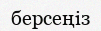
берсеңіз